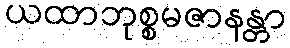
ယထာဘုစ္စမဇာနန္တာ